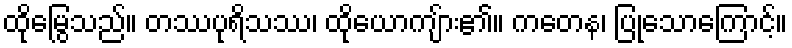
ထိုမြွေသည်။ တဿပုရိသဿ၊ ထိုယောကျ်ား၏။ ကတေန၊ ပြုသောကြောင့်။